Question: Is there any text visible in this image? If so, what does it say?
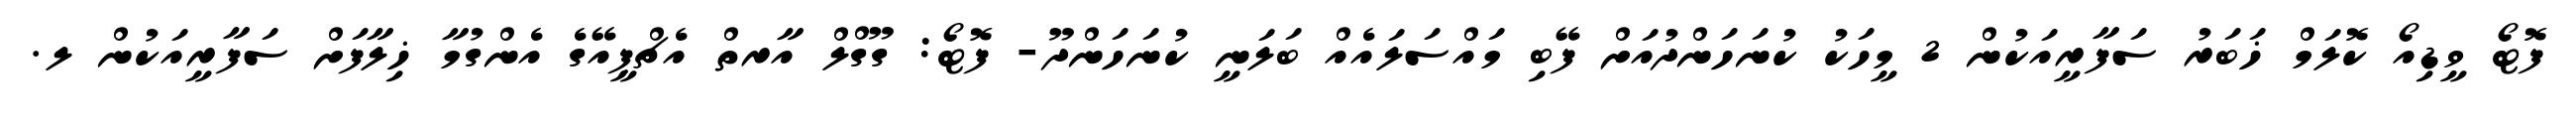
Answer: ފޮޓޯ ވީޑިއޯ ކޮލަމް ޚަބަރު ސަފާރީއަކުން 2 މީހަކު ކުނަހަންދުއަށް ފޭބި މައްސަލައެއް ބަލަނީ ކުނަހަންދޫ- ފޮޓޯ: ގޫގްލް އާރތް އެޗްޕީއޭގެ އެންގުމާ ޚިލާފަށް ސަފާރީއަކުން ލ.